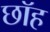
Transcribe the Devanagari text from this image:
छॉह